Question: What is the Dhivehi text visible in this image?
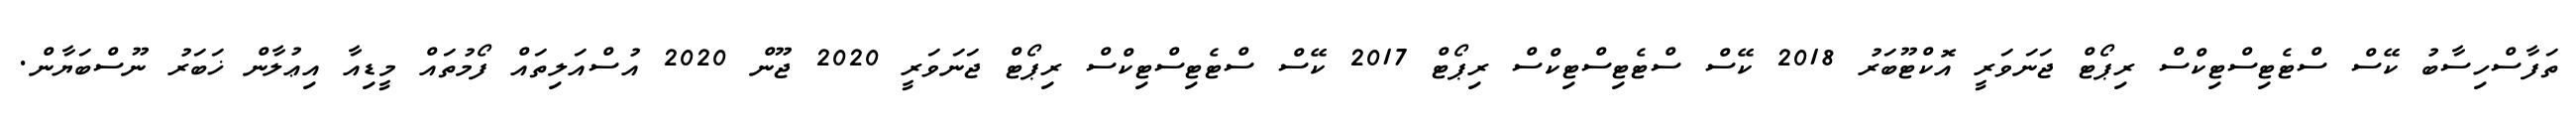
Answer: ތަފާސްހިސާބު ކޭސް ސްޓެޓިސްޓިކްސް ރިޕޯޓް ޖަނަވަރީ އޮކްޓޫބަރު 2018 ކޭސް ސްޓެޓިސްޓިކްސް ރިޕޯޓް 2017 ކޭސް ސްޓެޓިސްޓިކްސް ރިޕޯޓް ޖަނަވަރީ 2020 ޖޫން 2020 އުސްއަލިތައް ފޯމުތައް މީޑިއާ އިޢުލާން ޚަބަރު ނޫސްބަޔާން.